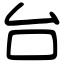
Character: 台